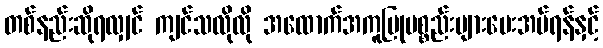
တစ်နည်းဆိုရလျှင် ကျင်သလိုလို အထောက်အကူပြုပစ္စည်းများပေးအပ်ရန်နှင့်